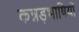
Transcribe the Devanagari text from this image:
कन्नड़भाषियों